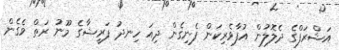
އަޝްރަފްގެ ދެލޮލުން އުފާވެރިކަން ފެނިގެން ދިއަ ހިނދު ފަރީޝާގެ މޫނު ރަތް ވެގެން